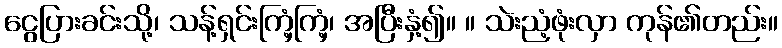
ငွေပြားခင်းသို့၊ သန့်ရှင်းကြံ့ကြံ့၊ အပြီးနှံ့၍။ ။ သဲးညံ့ဖုံးလှာ ကုန်၏တည်း။